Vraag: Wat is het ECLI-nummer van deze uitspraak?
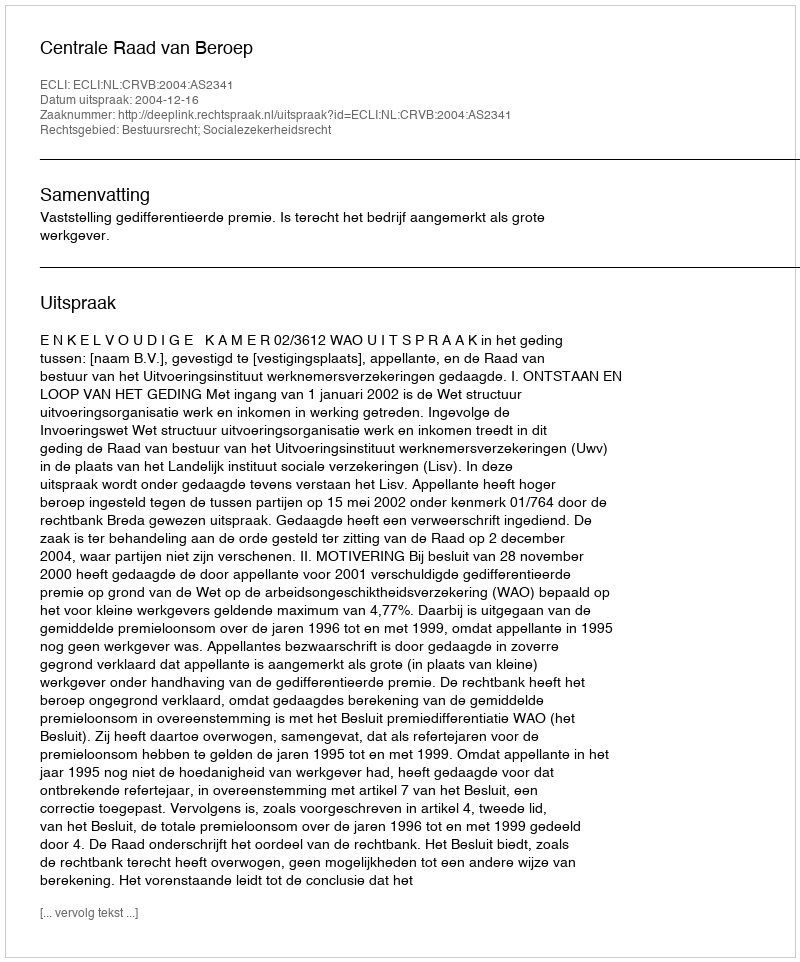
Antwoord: ECLI:NL:CRVB:2004:AS2341